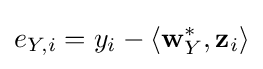
e_{Y,i}=y_{i}-\langle \mathbf {w} _{Y}^{*},\mathbf {z} _{i}\rangle